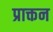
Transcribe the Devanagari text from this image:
प्राक्तन